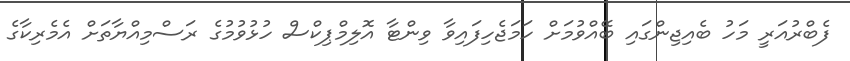
ފެބްރުއަރީ މަހު ބެއިޖިންގައި ބޭއްވުމަށް ހަމަޖެހިފައިވާ ވިންޓާ އޮލިމްޕިކްސް ހުޅުވުމުގެ ރަސްމިއްޔާތަށް އެމެރިކާގެ